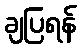
ချပြရန်